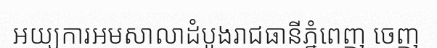
អយ្យការអមសាលាដំបូងរាជធានីភ្នំពេញ ចេញ